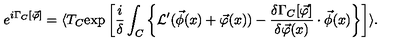
e ^ { i \Gamma _ { C } [ \vec { \varphi } ] } = \langle T _ { C } \mathrm { e x p } \left[ \frac { i } { \delta } \int _ { C } \left\{ { \cal L } ^ { \prime } ( \vec { \phi } ( x ) + \vec { \varphi } ( x ) ) - \frac { \delta \Gamma _ { C } [ \vec { \varphi } ] } { \delta \vec { \varphi } ( x ) } \cdot \vec { \phi } ( x ) \right\} \right] \rangle .